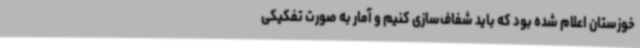
خوزستان اعلام شده بود که باید شفاف‌سازی کنیم و آمار به صورت تفکیکی